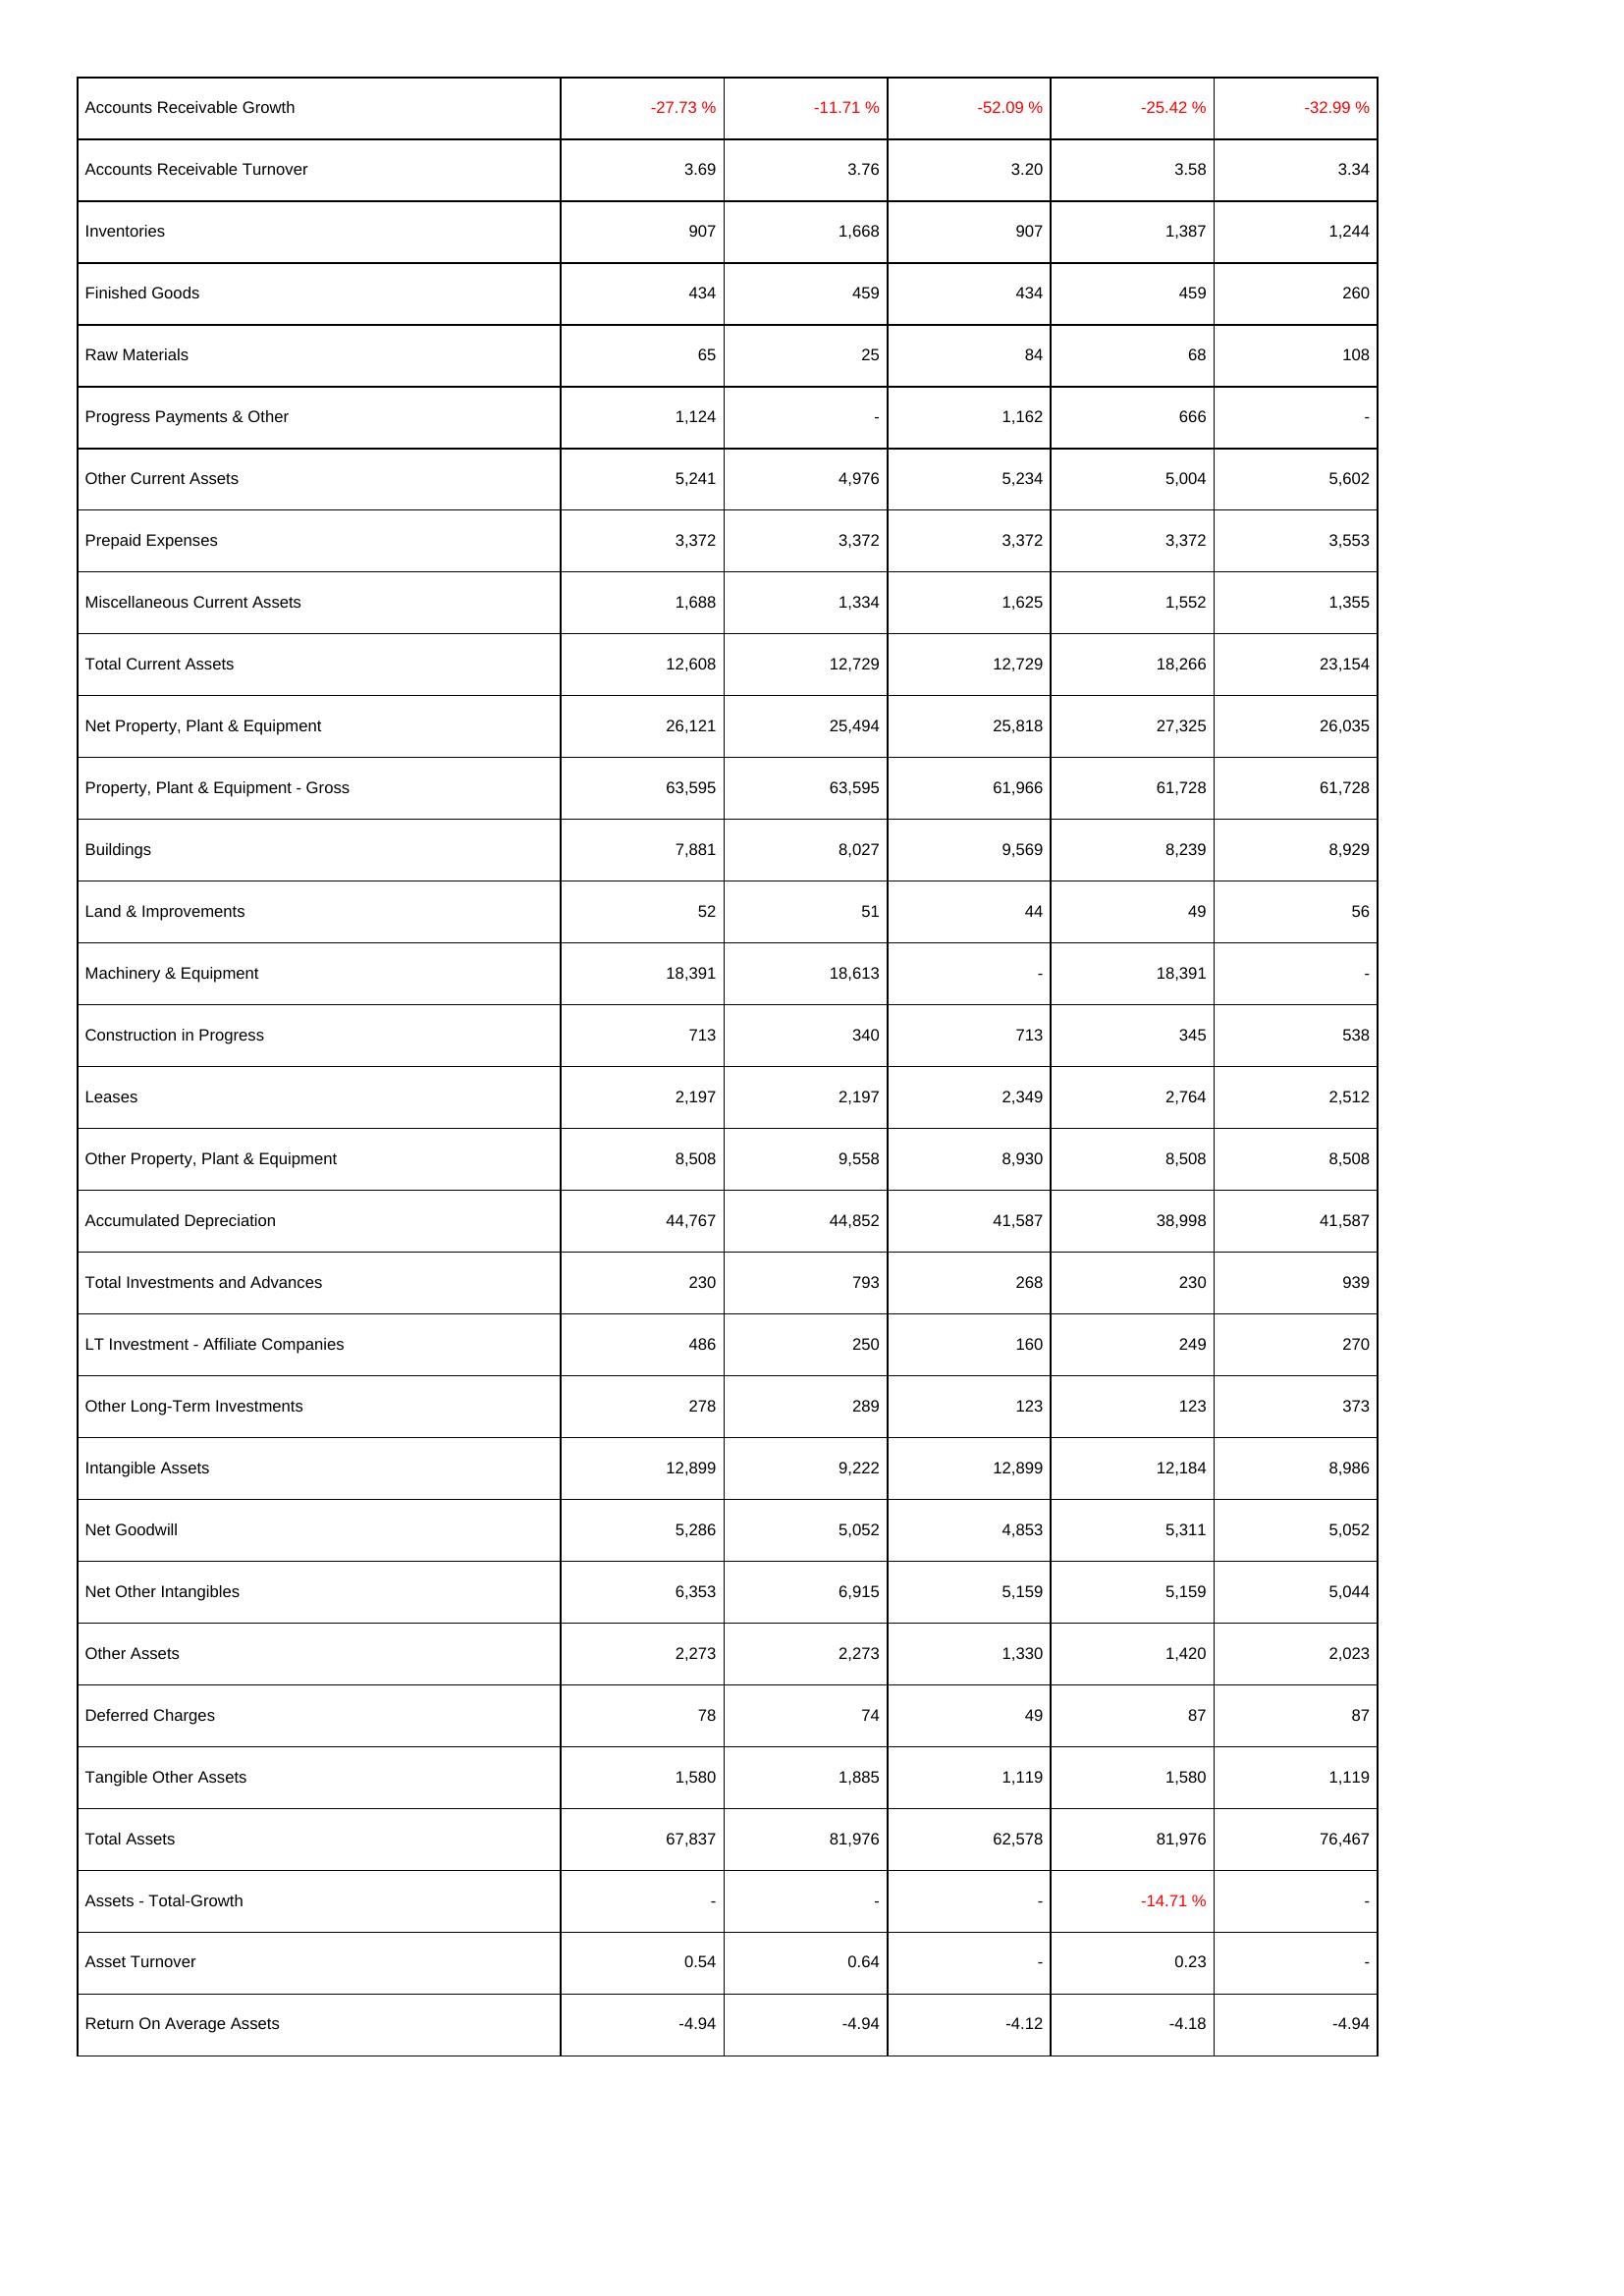
2009: Assets: Accounts Receivable Growth: -27.73 %
Accounts Receivable Turnover: 3.69
Inventories: 907
Finished Goods: 434
Raw Materials: 65
Progress Payments & Other: 1,124
Other Current Assets: 5,241
Prepaid Expenses: 3,372
Miscellaneous Current Assets: 1,688
Total Current Assets: 12,608
Net Property, Plant & Equipment: 26,121
Property, Plant & Equipment - Gross: 63,595
Buildings: 7,881
Land & Improvements: 52
Machinery & Equipment: 18,391
Construction in Progress: 713
Leases: 2,197
Other Property, Plant & Equipment: 8,508
Accumulated Depreciation: 44,767
Total Investments and Advances: 230
LT Investment - Affiliate Companies: 486
Other Long-Term Investments: 278
Intangible Assets: 12,899
Net Goodwill: 5,286
Net Other Intangibles: 6,353
Other Assets: 2,273
Deferred Charges: 78
Tangible Other Assets: 1,580
Total Assets: 67,837
Assets - Total-Growth: -
Asset Turnover: 0.54
Return On Average Assets: -4.94
2008: Assets: Accounts Receivable Growth: -11.71 %
Accounts Receivable Turnover: 3.76
Inventories: 1,668
Finished Goods: 459
Raw Materials: 25
Progress Payments & Other: -
Other Current Assets: 4,976
Prepaid Expenses: 3,372
Miscellaneous Current Assets: 1,334
Total Current Assets: 12,729
Net Property, Plant & Equipment: 25,494
Property, Plant & Equipment - Gross: 63,595
Buildings: 8,027
Land & Improvements: 51
Machinery & Equipment: 18,613
Construction in Progress: 340
Leases: 2,197
Other Property, Plant & Equipment: 9,558
Accumulated Depreciation: 44,852
Total Investments and Advances: 793
LT Investment - Affiliate Companies: 250
Other Long-Term Investments: 289
Intangible Assets: 9,222
Net Goodwill: 5,052
Net Other Intangibles: 6,915
Other Assets: 2,273
Deferred Charges: 74
Tangible Other Assets: 1,885
Total Assets: 81,976
Assets - Total-Growth: -
Asset Turnover: 0.64
Return On Average Assets: -4.94
2007: Assets: Accounts Receivable Growth: -52.09 %
Accounts Receivable Turnover: 3.20
Inventories: 907
Finished Goods: 434
Raw Materials: 84
Progress Payments & Other: 1,162
Other Current Assets: 5,234
Prepaid Expenses: 3,372
Miscellaneous Current Assets: 1,625
Total Current Assets: 12,729
Net Property, Plant & Equipment: 25,818
Property, Plant & Equipment - Gross: 61,966
Buildings: 9,569
Land & Improvements: 44
Machinery & Equipment: -
Construction in Progress: 713
Leases: 2,349
Other Property, Plant & Equipment: 8,930
Accumulated Depreciation: 41,587
Total Investments and Advances: 268
LT Investment - Affiliate Companies: 160
Other Long-Term Investments: 123
Intangible Assets: 12,899
Net Goodwill: 4,853
Net Other Intangibles: 5,159
Other Assets: 1,330
Deferred Charges: 49
Tangible Other Assets: 1,119
Total Assets: 62,578
Assets - Total-Growth: -
Asset Turnover: -
Return On Average Assets: -4.12
2006: Assets: Accounts Receivable Growth: -25.42 %
Accounts Receivable Turnover: 3.58
Inventories: 1,387
Finished Goods: 459
Raw Materials: 68
Progress Payments & Other: 666
Other Current Assets: 5,004
Prepaid Expenses: 3,372
Miscellaneous Current Assets: 1,552
Total Current Assets: 18,266
Net Property, Plant & Equipment: 27,325
Property, Plant & Equipment - Gross: 61,728
Buildings: 8,239
Land & Improvements: 49
Machinery & Equipment: 18,391
Construction in Progress: 345
Leases: 2,764
Other Property, Plant & Equipment: 8,508
Accumulated Depreciation: 38,998
Total Investments and Advances: 230
LT Investment - Affiliate Companies: 249
Other Long-Term Investments: 123
Intangible Assets: 12,184
Net Goodwill: 5,311
Net Other Intangibles: 5,159
Other Assets: 1,420
Deferred Charges: 87
Tangible Other Assets: 1,580
Total Assets: 81,976
Assets - Total-Growth: -14.71 %
Asset Turnover: 0.23
Return On Average Assets: -4.18
2005: Assets: Accounts Receivable Growth: -32.99 %
Accounts Receivable Turnover: 3.34
Inventories: 1,244
Finished Goods: 260
Raw Materials: 108
Progress Payments & Other: -
Other Current Assets: 5,602
Prepaid Expenses: 3,553
Miscellaneous Current Assets: 1,355
Total Current Assets: 23,154
Net Property, Plant & Equipment: 26,035
Property, Plant & Equipment - Gross: 61,728
Buildings: 8,929
Land & Improvements: 56
Machinery & Equipment: -
Construction in Progress: 538
Leases: 2,512
Other Property, Plant & Equipment: 8,508
Accumulated Depreciation: 41,587
Total Investments and Advances: 939
LT Investment - Affiliate Companies: 270
Other Long-Term Investments: 373
Intangible Assets: 8,986
Net Goodwill: 5,052
Net Other Intangibles: 5,044
Other Assets: 2,023
Deferred Charges: 87
Tangible Other Assets: 1,119
Total Assets: 76,467
Assets - Total-Growth: -
Asset Turnover: -
Return On Average Assets: -4.94